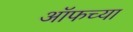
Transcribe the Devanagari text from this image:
ऑफच्या